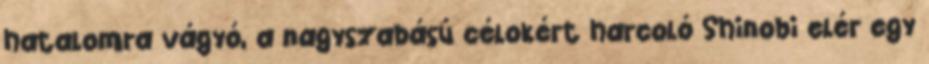
hatalomra vágyó, a nagyszabású célokért harcoló Shinobi elér egy